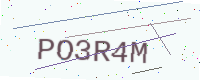
Text: PO3R4M